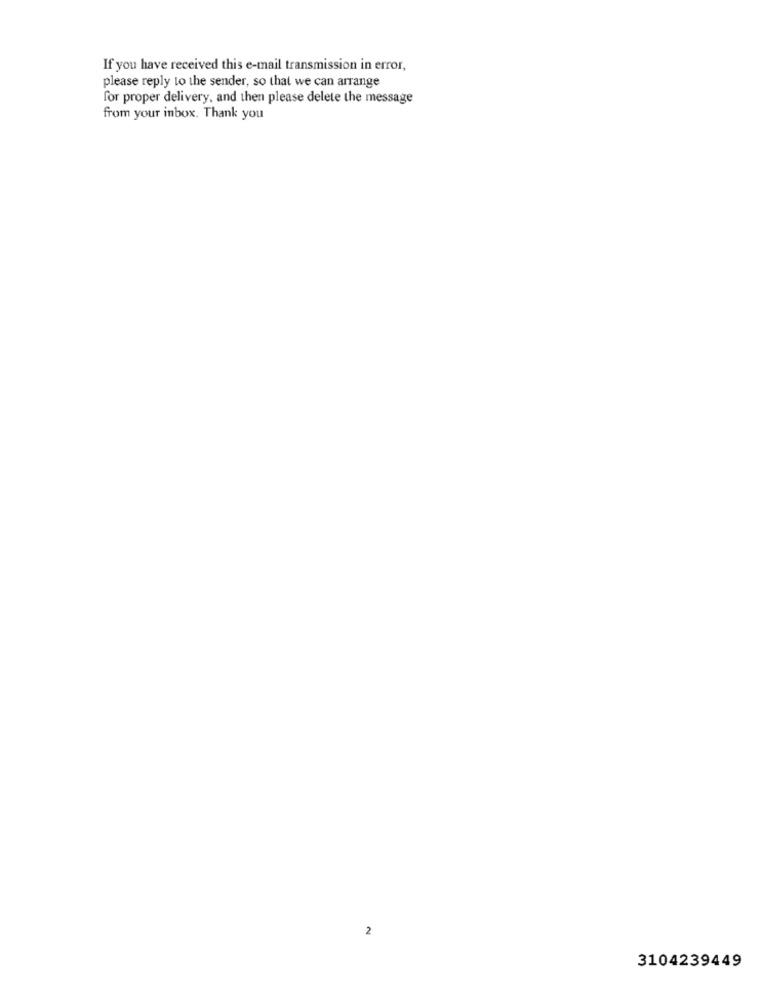
If you have received this e-mail transmission in error,
please reply to the sender, so that we can arrange
for proper delivery, and then please delete the message
from your inbox. Thank you
2
3104239449